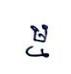
ម្ម